Report on vaccination in the Province of Bengal - 1874-1889
Year: 1874
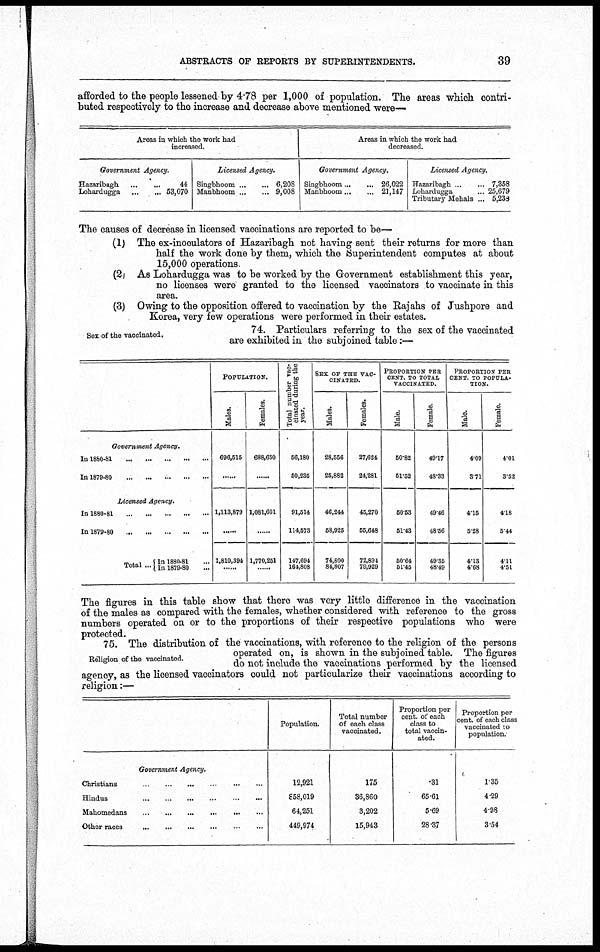
ABSTRACTS OF REPORTS BY SUPERINTENDENTS.
39
afforded to the people lessened by 4.78 per 1,000 of population. The areas which contri-
buted respectively to the increase and decrease above mentioned were—
Areas in which the work had
increased.
Government Agency.
Hazaribagh...
...
Lohardugga...
...
44
53,070
Licensed Agency.
Singbhoom...
...
Manbhoom...
...
6,208
9,008
Areas in which the work had
decreased.
Government Agency.
Singbhoom...
...
Manbhoom...
...
26,022
21,147
Licensed Agency.
Hazaribagh...
...
Lohardugga...
Tributary Mehals... ...
7,358
25,679
5,238
The causes of decrease in licensed vaccinations are reported to be—
(1) The ex-inoculators of Hazaribagh not having sent their returns for more than
half the work done by them, which the Superintendent computes at about
15,000 operations.
(2) As Lohardugga was to be worked by the Government establishment this year,
no licenses were granted to the licensed vaccinators to vaccinate in this
area.
(3) Owing to the opposition offered to vaccination by the Rajahs of Jushpore and
Korea, very few operations were performed in their estates.
Sex of the vaccinated.
74. Particulars referring to the sex of the vaccinated
are exhibited in the subjoined table:—
Government Agency.
In
1880-81...
...
...
...
In
1879-80...
...
...
...
Licensed Agency.
In
1880-81...
...
...
...
In
1879-80...
...
...
...
Total ... In 1880-81...
In 1879-80...
POPULATION.
Males.
696,515
......
1,113,879
1,810,394
......
Females.
688,650
......
1,081,601
......
1,770,251
......
Total number vac-
cinated during the
year.
56,180
50,235
91,514
114,573
147,694
164,808
SEX OF THE VAC-
-------.
Males.
28,556
26,882
46,244
58,925
74,800
84,807
Females.
27,624
24,281
45,270
55,648
72,894
79,929
PROPORTION PER
CENT. TO TOTAL
VACCINATED.
Male.
50.82
51.62
50.53
51.43
50.64
51.45
Female.
49.17
48.33
49.46
48.56
49.35
48.49
PROPORTION PER
CENT. TO POPULA-
TION.
Male.
4.09
3.71
4.15
5.28
4.13
4.68
Female.
4.01
3.52
4.18
5.44
4.11
4.51
The figures in this table show that there was very little difference in the vaccination
of the males as compared with the females, whether considered with reference to the gross
numbers operated on or to the proportions of their respective populations who were
protected.
Religion of the vaccinated.
75. The distribution of the vaccinations, with reference to the religion of the persons
operated on, is shown in the subjoined table. The figures
do not include the vaccinations performed by the licensed
agency, as the licensed vaccinators could not particularize their vaccinations according to
religion:—
Government Agency.
Christians...
...
...
...
...
Hindus...
...
...
...
...
Mahomedans
...
...
...
...
Other
races...
...
...
...
Population.
12,921
858,019
64,251
449,974
Total number
Of each class
vaccinated.
175
36,860
3,202
15,943
Proportion per
cent. of each
class to
total vaccin-
ated.
.31
65.61
5.69
28.37
Proportion per
cent. of each class
vaccinated to
population.
1.35
4.29
4.98
3.54